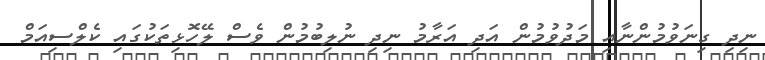
ނިދި ގިނަވުމުންނާއި މަދުވުމުން އަދި އަރާމު ނިދި ނުލިބުމުން ވެސް ލޭހޮޅިތަކުގައި ކެލްސިއަމް